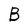
Character: B